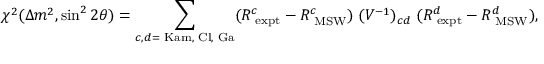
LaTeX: \chi ^ { 2 } ( \Delta m ^ { 2 } , \sin ^ { 2 } 2 \theta ) = \sum _ { c , d = \mathrm { { \scriptsize ~ K a m , ~ C l , ~ G a } } } ( R _ { \mathrm { { \scriptsize ~ e x p t } } } ^ { c } - R _ { \mathrm { { \scriptsize ~ M S W } } } ^ { c } ) \; ( V ^ { - 1 } ) _ { c d } \; ( R _ { \mathrm { { \scriptsize ~ e x p t } } } ^ { d } - R _ { \mathrm { { \scriptsize ~ M S W } } } ^ { d } ) ,